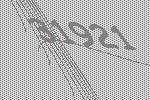
31921